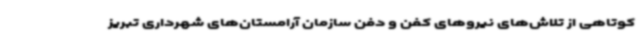
کوتاهی از تلاش‌های نیروهای کفن و دفن سازمان آرامستان‌های شهرداری تبریز